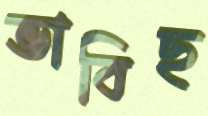
ভাবিছ